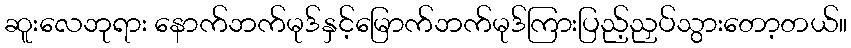
ဆူးလေဘုရား နောက်ဘက်မုဒ်နှင့်မြောက်ဘက်မုဒ်ကြားပြည့်ညှပ်သွားတော့တယ်။